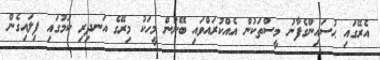
އެރޭގައި ޙުސައިންގެފާނު މީސްތަކުން އެއްކުރައްވައި ބޭނުން މީހަކު މިރޭގެ އަނދިރި ކަމުގައި ފިލައިގެން